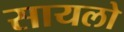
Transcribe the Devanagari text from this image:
सायलो